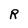
Character: R